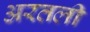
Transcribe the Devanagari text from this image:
अरतली